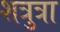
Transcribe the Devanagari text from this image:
शत्रुत्रा